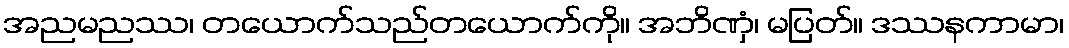
အညမညဿ၊ တယောက်သည်တယောက်ကို။ အဘိဏှံ၊ မပြတ်။ ဒဿနကာမာ၊